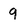
Character: 9